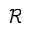
\mathcal { R }